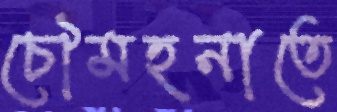
চৌমহনাতে